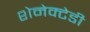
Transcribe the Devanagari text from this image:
शेनेक्टेडी